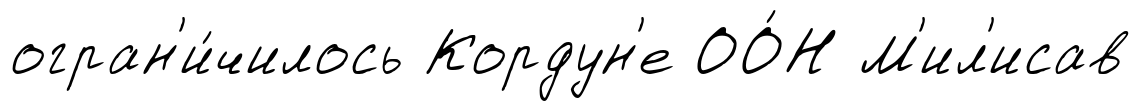
огран'и́чилось Кордун'е ОО́Н М'ил'исав